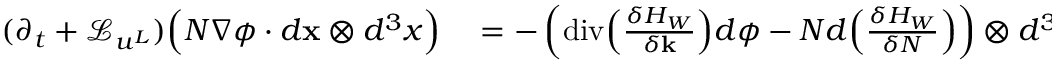
\begin{array} { r l } { ( \partial _ { t } + \mathcal { L } _ { u ^ { L } } ) \Big ( N \nabla \phi \cdot d { \mathbf { x } } \otimes d ^ { 3 } x \Big ) } & { { } = - \left( \mathrm { d i v } \Big ( \frac { \delta H _ { W } } { \delta { \mathbf { k } } } \Big ) d \phi - N d \Big ( \frac { \delta H _ { W } } { \delta N } \Big ) \right) \otimes d ^ { 3 } x \, . } \end{array}